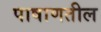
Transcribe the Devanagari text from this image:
पाषाणतील